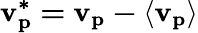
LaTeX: \mathbf{v_{p}^{*}=v_{p}-\langle v_{p}\rangle}